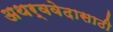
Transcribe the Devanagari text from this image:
अथर्ववेदासाठी